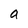
Character: a